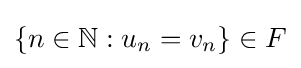
\{n\in \mathbb {N} :u_{n}=v_{n}\}\in F